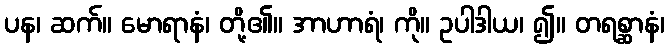
ပန၊ ဆက်။ မောရာနံ၊ တို့၏။ အာဟာရံ၊ ကို။ ဥပါဒါယ၊ ၍။ တရစ္ဆာနံ၊